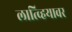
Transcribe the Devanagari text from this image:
लात्व्हियावर